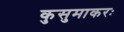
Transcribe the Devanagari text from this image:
कुसुमाकरः